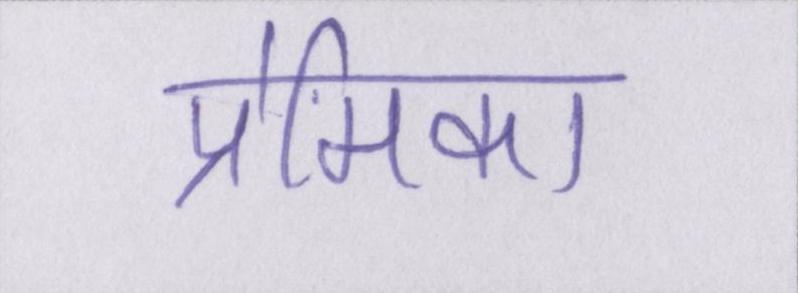
प्रेमिका